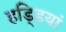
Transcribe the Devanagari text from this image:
हडि्डयां